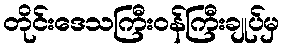
တိုင်းဒေသကြီးဝန်ကြီးချုပ်မှ